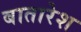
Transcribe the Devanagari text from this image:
बातारेश